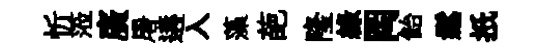
忻蒞廣屠遘入藻葩隆綠罔飴鬆扺